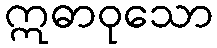
ဣဓာဝုသော